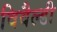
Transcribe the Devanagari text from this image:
विवैल्डी